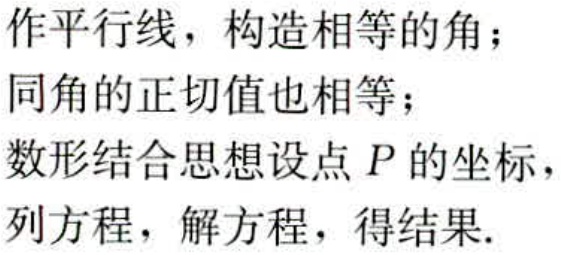
作平行线，构造相等的角；
同角的正切值也相等；
数形结合思想设点 \(P\) 的坐标，
列方程，解方程，得结果.